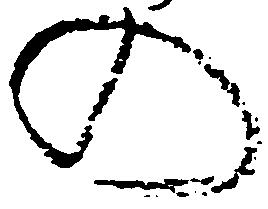
の